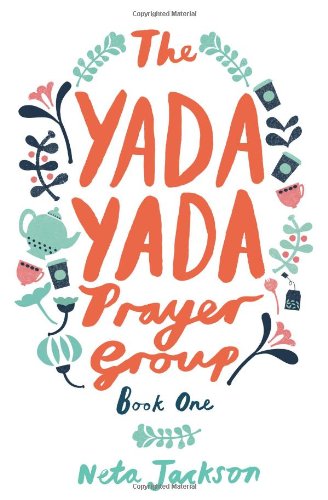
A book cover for The Yada Yada Prayer Group (Yada Yada Series); Neta Jackson; Literature & Fiction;